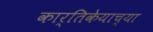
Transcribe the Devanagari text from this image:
कार्तिकेयाच्या